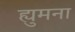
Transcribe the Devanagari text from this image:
ह्युमना